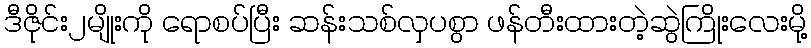
ဒီဇိုင်း၂မျိုးကို ရောစပ်ပြီး ဆန်းသစ်လှပစွာ ဖန်တီးထားတဲ့ဆွဲကြိုးလေးမို့